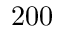
2 0 0